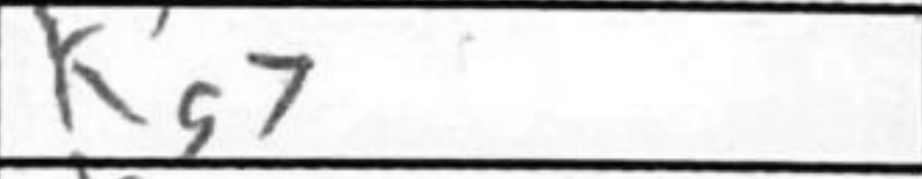
Transcription: Bg7